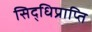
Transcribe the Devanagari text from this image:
सिद्धिप्राप्ति